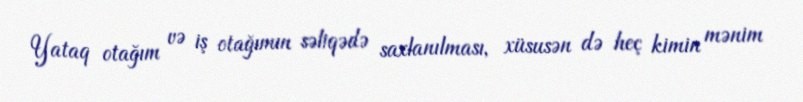
Yataq otağım və iş otağımın səliqədə saxlanılması, xüsusən də heç kimin mənim